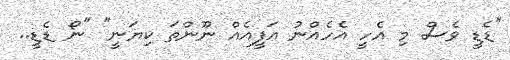
"ޑެޑީ ވެސް މި އެހީ އެހެއްނު އަފީއެއް ނޫންތަ ކިޔަނީ" "ނޯ ޑެޑީ..